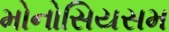
મોનોસિયસમ